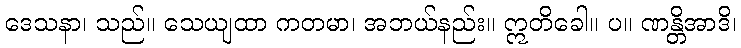
ဒေသနာ၊ သည်။ သေယျထာ ကတမာ၊ အဘယ်နည်း။ ဣတိခေါ။ ပ။ ဏန္တိအာဒိ၊